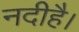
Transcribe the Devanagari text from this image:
नदीहै।